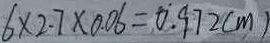
6 \times 2 . 7 \times 0 . 0 6 = 0 . 9 7 2 ( m )